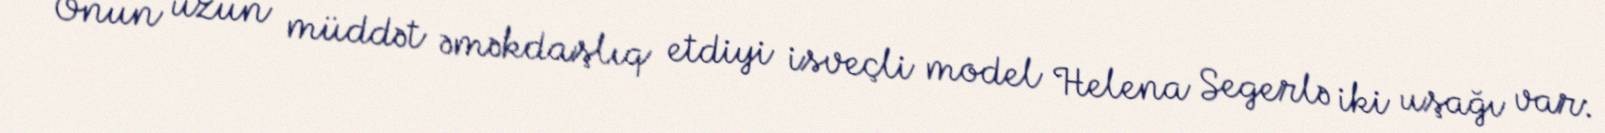
Onun uzun müddət əməkdaşlıq etdiyi isveçli model Helena Segerlə iki uşağı var: